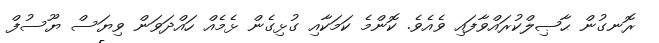
ރޮނގުން ޙާޞިލްކުރައްވާފައި ވެއެވެ. ކޮންމެ ކަމަކާއި ގުޅިގެން ޅެމެއް ހައްދަވަން ވިޔަސް ޔޫސުފް